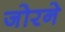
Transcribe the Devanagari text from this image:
जोरने